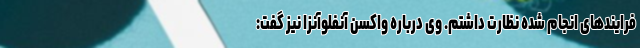
فرایندهای انجام شده نظارت داشتم. وی درباره واکسن آنفلوآنزا نیز گفت: